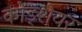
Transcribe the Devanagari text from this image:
कोड्शेयर